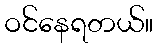
ဝင်နေရတယ်။